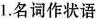
1.名词作状语